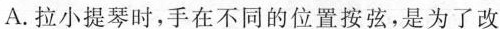
A.拉小提琴时，手在不同的位置按弦，是为了改